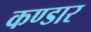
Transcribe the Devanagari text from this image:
कण्डार